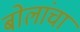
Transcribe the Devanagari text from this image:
बोलांचा